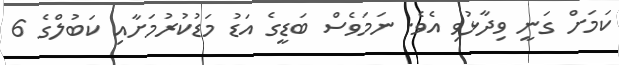
ކަމަށް ގަނީ ވިދާޅުވި އެވެ. ނަމަވެސް ބަޑީގެ އަޑު މަޑުކުރުމަށާއި ކަބުލްގެ 6